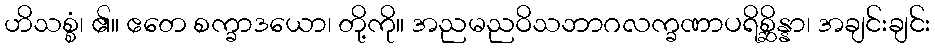
ဟိသစ္စံ၊ ၏။ ဧတေ စက္ခာဒယော၊ တို့ကို။ အညမညဝိသဘာဂလက္ခဏာပရိစ္ဆိန္နာ၊ အချင်းချင်း